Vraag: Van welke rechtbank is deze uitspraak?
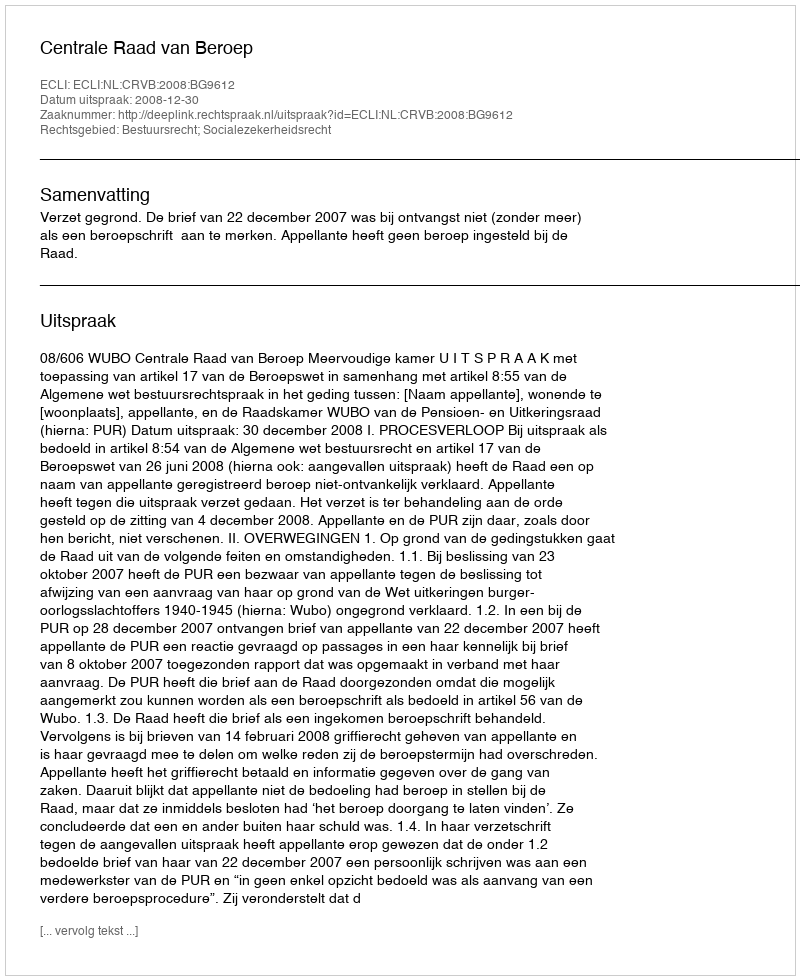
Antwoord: Centrale Raad van Beroep